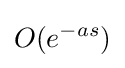
O(e^{-as})